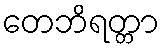
တေဘိရတ္တာ